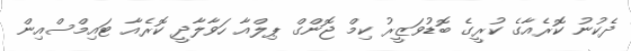
ދެކުނު ކޮރެއާގެ ކުރީގެ ބޮޑުވަޒީރު ކިމް ޖޮންގް ޕިލްއާ ހަވާލާދީ ކޮރެއާ ޓައިމްސްއިން